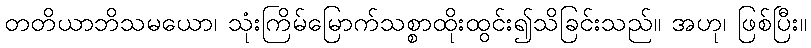
တတိယာဘိသမယော၊ သုံးကြိမ်မြောက်သစ္စာထိုးထွင်း၍သိခြင်းသည်။ အဟု၊ ဖြစ်ပြီး။